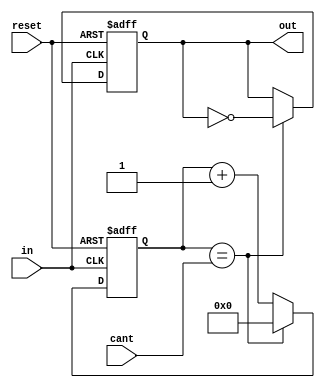
`timescale 1ns / 1ps
//////////////////////////////////////////////////////////////////////////////////
// Company: 
// Engineer: 
// 
// Design Name: 
// Module Name: freqDiv
// Project Name: 
// Target Devices: 
// Tool Versions: 
// Description: 
// 
// Dependencies: 
// 
// Revision:
// Revision 0.01 - File Created
// Additional Comments:
// 
//////////////////////////////////////////////////////////////////////////////////

module freqDiv (
  input in,
  input [31:0] cant,
  input reset,
  output reg out
  );
  reg [31:0]cont;
  always@(posedge in or posedge reset) begin
    if(reset == 1) begin
        out <= 0;
        cont = 80;
    end else begin
        cont <= cont + 1;
        if(cont == cant) begin
          cont <= 32'd0;
          out <= ~out;
        end
    end
  end
endmodule